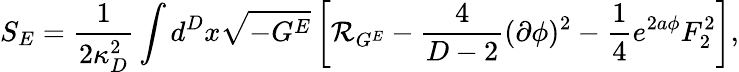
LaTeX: S_{E}={\frac{1}{2\kappa_{D}^{2}}}\int d^{D}x\sqrt{-G^{E}}\left[{\cal R}_{G^{E}}-{\frac{4}{D-2}}(\partial\phi)^{2}-{\frac{1}{4}}e^{2a\phi}F_{2}^{2}\right],